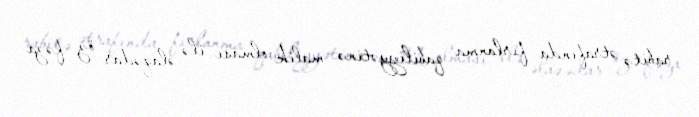
rabitə ətrafında fırlanma qabiliyyətinə malik olması ilə əlaqədar öz fəza